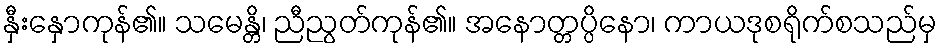
နှီးနှောကုန်၏။ သမေန္တိ၊ ညီညွတ်ကုန်၏။ အနောတ္တပ္ပိနော၊ ကာယဒုစရိုက်စသည်မှ